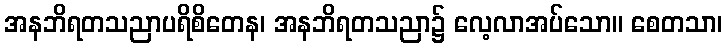
အနဘိရတသညာပရိစိတေန၊ အနဘိရတသညာ၌ လေ့လာအပ်သော။ စေတသာ၊